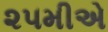
૨૫મીએ